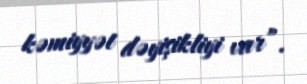
kəmiyyət dəyişikliyi var”.